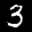
Label: 3